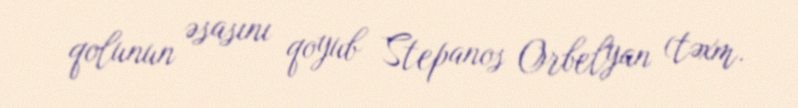
qolunun əsasını qoyub Stepanos Orbelyan (təxm.